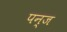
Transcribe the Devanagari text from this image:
पन्ज